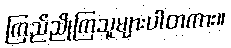
ကြည်ညိုကြသူများပါတကား။